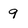
Character: 9